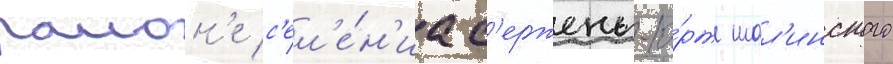
раион'е с'ел'е́н'иа с'ержень-ю́рт шал'инского